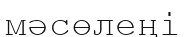
мәсөлеңі